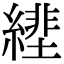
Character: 𦄕